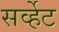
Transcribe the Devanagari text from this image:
सर्व्हेट